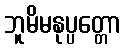
ဘူမိမနုပ္ပတ္တော